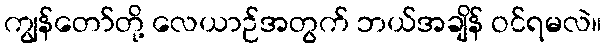
ကျွန်တော်တို့ လေယာဉ်အတွက် ဘယ်အချိန် ဝင်ရမလဲ။